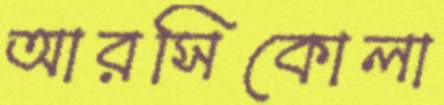
আরসিকোলা